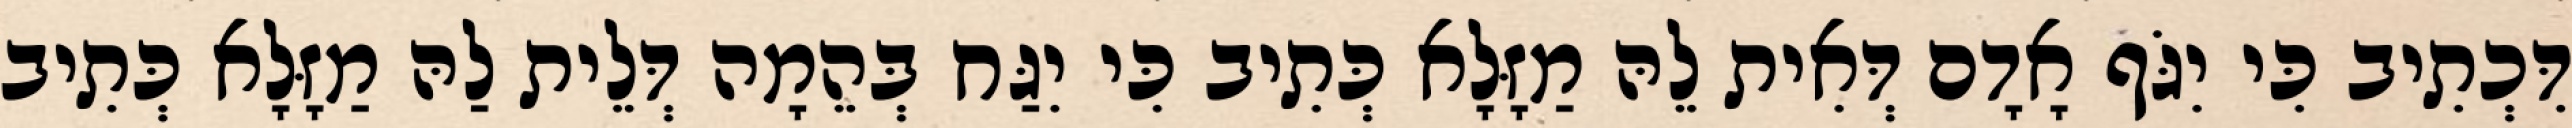
דִּכְתִיב כִּי יִגֹּף אָדָם דְּאִית לֵהּ מַזָּלָא כְּתִיב כִּי יִגַּח בְּהֵמָה דְּלֵית לַהּ מַזָּלָא כְּתִיב